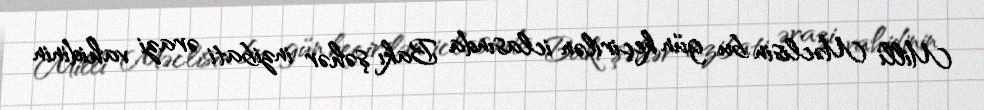
Milli Məclisin bu gün keçirilən iclasında Bakı şəhər inzibati ərazi vahidinin